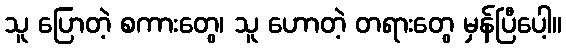
သူ ပြောတဲ့ စကားတွေ၊ သူ ဟောတဲ့ တရားတွေ မှန်ပြီပေါ့။